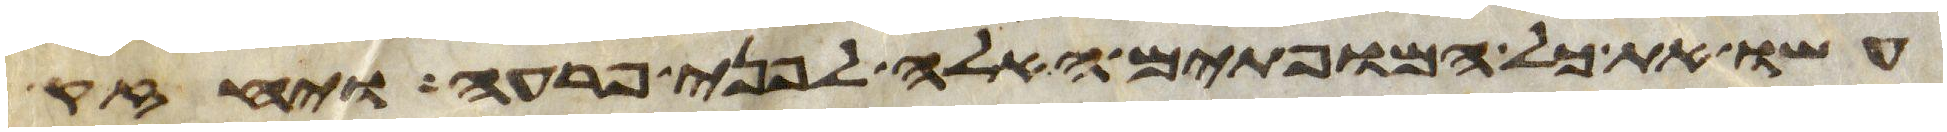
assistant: עשו את כל המופתים האלה לפני פרעה ויחזק